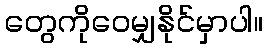
တွေကိုဝေမျှနိုင်မှာပါ။